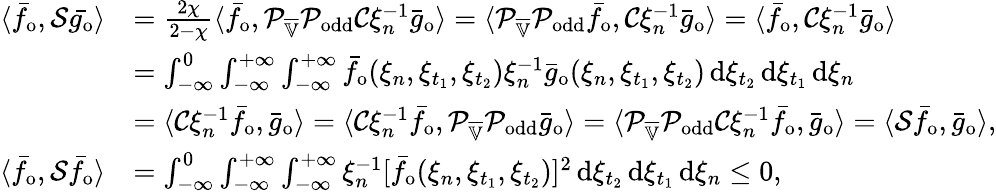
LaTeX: \begin{array}{rl}{\langle\bar{f}_{\mathrm{o}},\mathcal{S}\bar{g_{\mathrm{o}}}\rangle}&{=\frac{2\chi}{2-\chi}\langle\bar{f}_{\mathrm{o}},\mathcal{P}_{\overline{{\mathbb{V}}}}\mathcal{P}_{\mathrm{odd}}\mathcal{C}\xi_{n}^{-1}\bar{g}_{\mathrm{o}}\rangle=\langle\mathcal{P}_{\overline{{\mathbb{V}}}}\mathcal{P}_{\mathrm{odd}}\bar{f}_{\mathrm{o}},\mathcal{C}\xi_{n}^{-1}\bar{g}_{\mathrm{o}}\rangle=\langle\bar{f}_{\mathrm{o}},\mathcal{C}\xi_{n}^{-1}\bar{g}_{\mathrm{o}}\rangle}\\ &{=\int_{-\infty}^{0}\int_{-\infty}^{+\infty}\int_{-\infty}^{+\infty}\bar{f}_{\mathrm{o}}(\xi_{n},\xi_{t_{1}},\xi_{t_{2}})\xi_{n}^{-1}\bar{g}_{\mathrm{o}}(\xi_{n},\xi_{t_{1}},\xi_{t_{2}})\, \mathrm{d}\xi_{t_{2}}\, \mathrm{d}\xi_{t_{1}}\, \mathrm{d}\xi_{n}}\\ &{=\langle\mathcal{C}\xi_{n}^{-1}\bar{f}_{\mathrm{o}},\bar{g}_{\mathrm{o}}\rangle=\langle\mathcal{C}\xi_{n}^{-1}\bar{f}_{\mathrm{o}},\mathcal{P}_{\overline{{\mathbb{V}}}}\mathcal{P}_{\mathrm{odd}}\bar{g}_{\mathrm{o}}\rangle=\langle\mathcal{P}_{\overline{{\mathbb{V}}}}\mathcal{P}_{\mathrm{odd}}\mathcal{C}\xi_{n}^{-1}\bar{f}_{\mathrm{o}},\bar{g}_{\mathrm{o}}\rangle=\langle\mathcal{S}\bar{f}_{\mathrm{o}},\bar{g}_{\mathrm{o}}\rangle,}\\ {\langle\bar{f}_{\mathrm{o}},\mathcal{S}\bar{f}_{\mathrm{o}}\rangle}&{=\int_{-\infty}^{0}\int_{-\infty}^{+\infty}\int_{-\infty}^{+\infty}\xi_{n}^{-1}[\bar{f}_{\mathrm{o}}(\xi_{n},\xi_{t_{1}},\xi_{t_{2}})]^{2}\, \mathrm{d}\xi_{t_{2}}\, \mathrm{d}\xi_{t_{1}}\, \mathrm{d}\xi_{n}\leq 0,}\end{array}